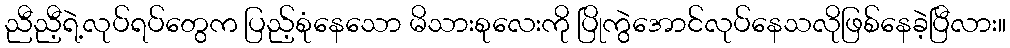
ညီညီ့ရဲ့လုပ်ရပ်တွေက ပြည့်စုံနေသော မိသားစုလေးကို ပြိုကွဲအောင်လုပ်နေသလိုဖြစ်နေခဲ့ပြီလား။